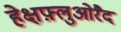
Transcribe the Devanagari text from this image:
हेक्षफ़्लुओरैद